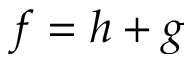
f = h + g